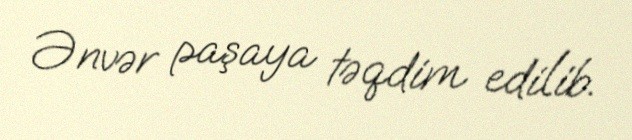
Ənvər paşaya təqdim edilib.